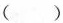
( )